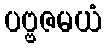
ပဗ္ဗဇမယံ